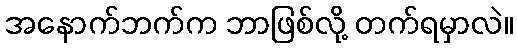
အနောက်ဘက်က ဘာဖြစ်လို့ တက်ရမှာလဲ။